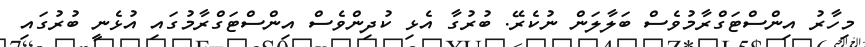
މިހާރު އިންސްޓަގްރާމުވެސް ބަލާލަން ނުކެރޭ. ބުރުގާ އެޅި ކުދިންވެސް އިންސްޓަގްރާމުގައި އުޅެނީ ބުރުގައި